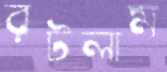
রটলাম